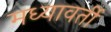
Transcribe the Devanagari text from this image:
मध्यावर्ती